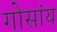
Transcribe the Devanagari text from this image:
गोसांय